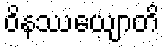
ဝိနဿေယျာတိ